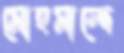
মোহমান্দে